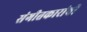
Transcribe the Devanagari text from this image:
संगीतकारांची